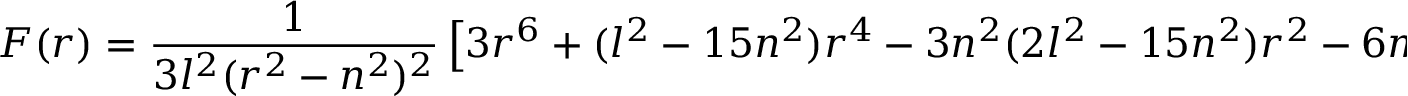
F ( r ) = { \frac { 1 } { 3 l ^ { 2 } ( r ^ { 2 } - n ^ { 2 } ) ^ { 2 } } } \left[ 3 r ^ { 6 } + ( l ^ { 2 } - 1 5 n ^ { 2 } ) r ^ { 4 } - 3 n ^ { 2 } ( 2 l ^ { 2 } - 1 5 n ^ { 2 } ) r ^ { 2 } - 6 m r l ^ { 2 } - 3 n ^ { 4 } ( l ^ { 2 } - 5 n ^ { 2 } ) \right]